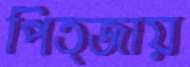
পিত্জায়